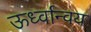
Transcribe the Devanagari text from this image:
ऊर्ध्वान्वय